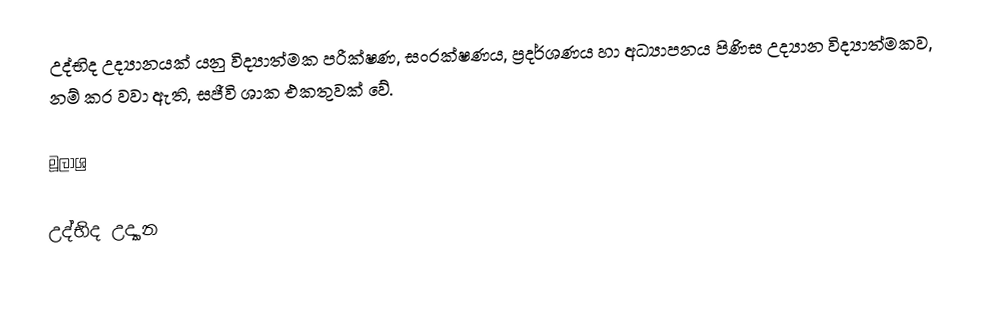
උද්භිද උද්‍යානයක්‌ යනු විද්‍යාත්මක පරීක්‌ෂණ, සංරක්‌ෂණය, ප්‍රදර්ශණය හා අධ්‍යාපනය පිණිස උද්‍යාන විද්‍යාත්මකව, නම් කර වවා ඇති, සජීවි ශාක එකතුවක්‌ වේ.

මූලාශ්‍ර

උද්භිද උද්‍යාන